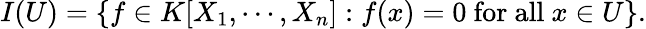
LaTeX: I(U)=\{ f\in K[X_{1},\cdots,X_{n}]:f(x)=0{\mathrm{~for~all~}}x\in U\} .